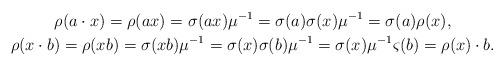
LaTeX: \begin{gather*} \rho(a \cdot x) = \rho(ax) = \sigma(a x) \mu^{-1} = \sigma(a) \sigma(x) \mu^{-1} = \sigma(a) \rho(x), \\ \rho(x \cdot b) = \rho(x b) = \sigma(x b) \mu^{-1} = \sigma(x) \sigma(b) \mu^{-1} = \sigma(x) \mu^{-1} \varsigma(b) = \rho(x) \cdot b. \end{gather*}